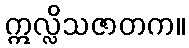
ဣလ္လိသဇာတက။